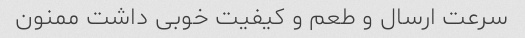
سرعت ارسال و طعم و کیفیت خوبی داشت ممنون